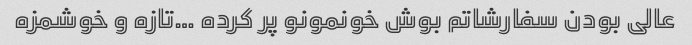
عالی بودن سفارشاتم‌ بوش خونمونو پر کرده …تازه و خوشمزه